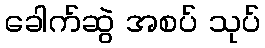
ခေါက်ဆွဲ အစပ် သုပ်